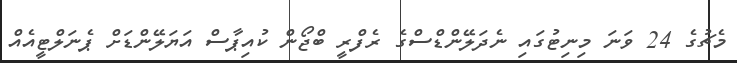
މެޗުގެ 24 ވަނަ މިނިޓުގައި ނެދަލޭންޑްސްގެ ރެފްރީ ބްޖޯން ކުއިޕާސް އަޔަލޭންޑަށް ޕެނަލްޓީއެއް